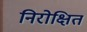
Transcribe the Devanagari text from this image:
निरोक्षित